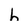
Character: h